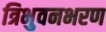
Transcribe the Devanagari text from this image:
त्रिभुवनभरण